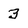
Character: 3